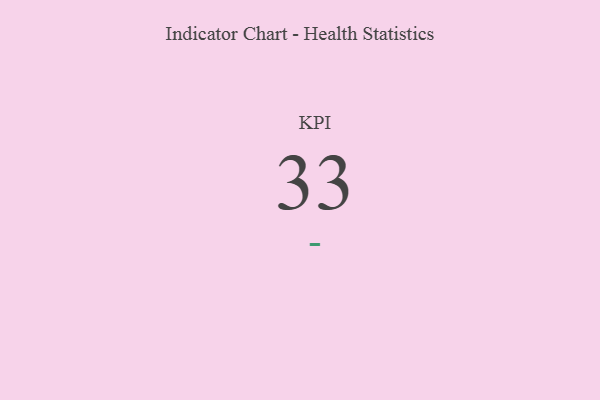
{"axis": {"x": "KPI", "y": "Value"}, "legend": [""], "data": [{"x": "KPI", "y": 33, "type": ""}]}